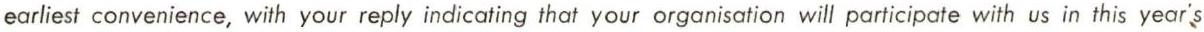
earliest convenience, with your reply indicating that your organisation will participate with us in this year's